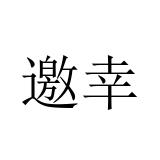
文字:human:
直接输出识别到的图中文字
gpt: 邀幸